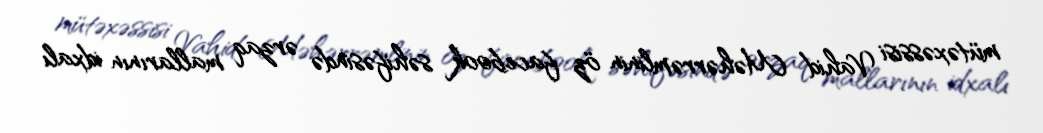
mütəxəssisi Vahid Məhərrəmlinin öz facebook səhifəsində ərzaq mallarının idxalı